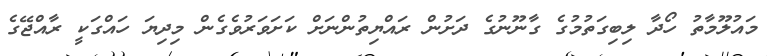
މައުލޫމާތު ހޯދާ ލިބިގަތުމުގެ ގާނޫނުގެ ދަށުން ރައްޔިތުންނަށް ކަށަވަރުވެގެން މިދިޔަ ހައްގަކީ ރާއްޖޭގެ